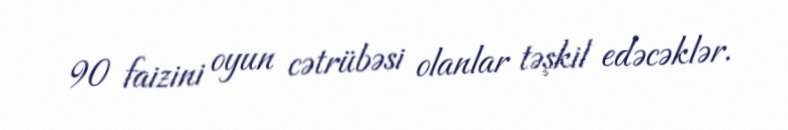
90 faizini oyun cətrübəsi olanlar təşkil edəcəklər.